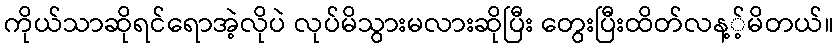
ကိုယ်သာဆိုရင်ရောအဲ့လိုပဲ လုပ်မိသွားမလားဆိုပြီး တွေးပြီးထိတ်လန့့်မိတယ်။